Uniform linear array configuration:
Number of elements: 64
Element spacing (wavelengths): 0.25
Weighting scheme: binomial
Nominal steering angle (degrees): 30
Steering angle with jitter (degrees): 31.271
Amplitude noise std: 0.05
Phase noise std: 0.05

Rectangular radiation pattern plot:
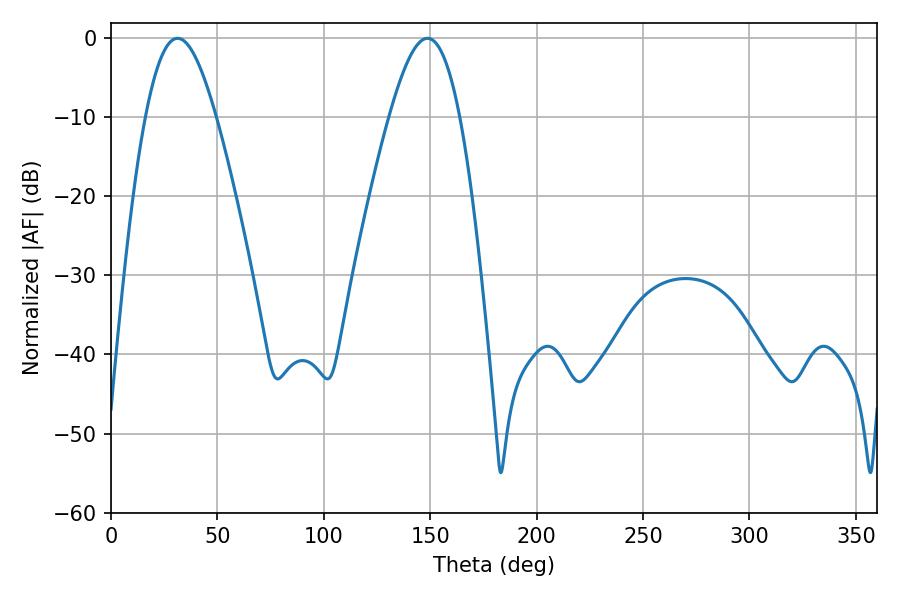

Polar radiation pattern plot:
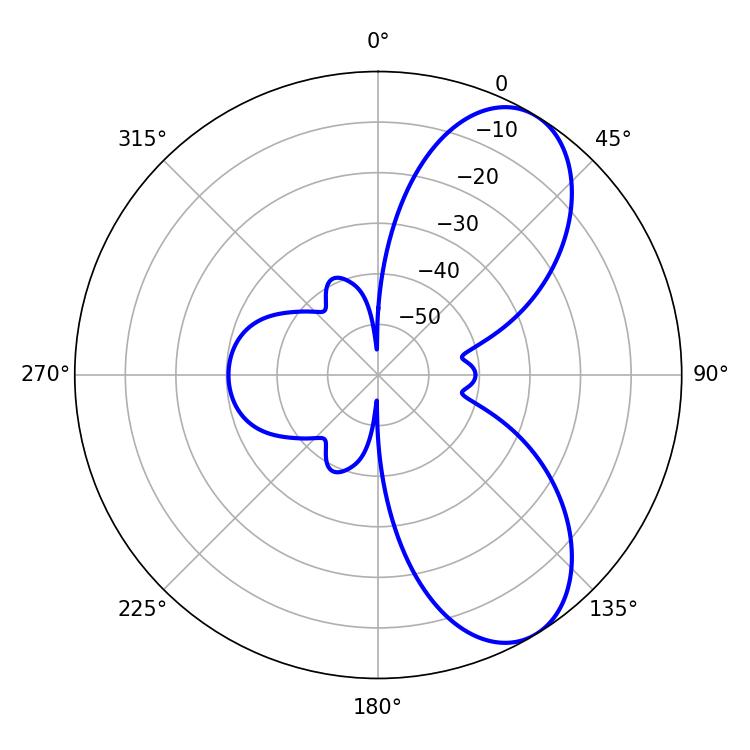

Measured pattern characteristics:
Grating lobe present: FALSE
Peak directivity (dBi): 7.481
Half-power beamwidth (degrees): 17.82
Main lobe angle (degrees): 31.32